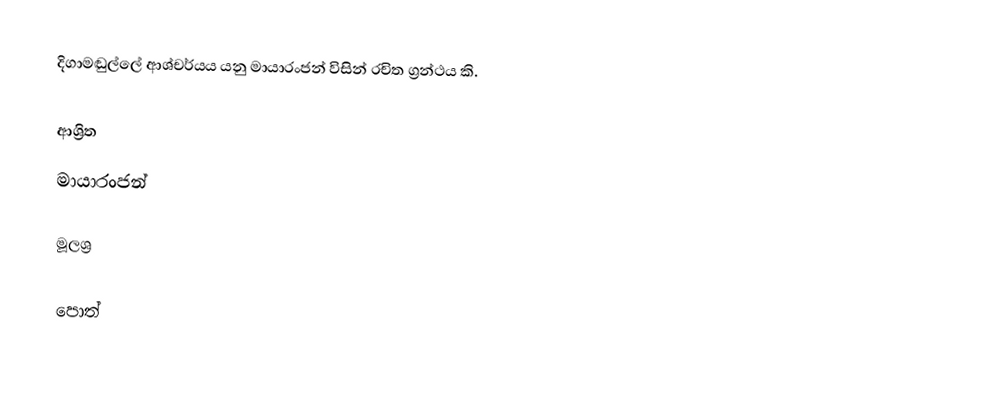
දිගාමඬුල්ලේ ආශ්චර්යය යනු මායාරංජන් විසින් රචිත ග්‍රන්ථය කි.

ආශ්‍රිත
 මායාරංජන්

මූලශ්‍ර

පොත්